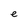
Character: e